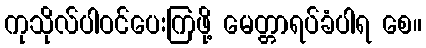
ကုသိုလ်ပါဝင်ပေးကြဖို့ မေတ္တာရပ်ခံပါရ စေ။